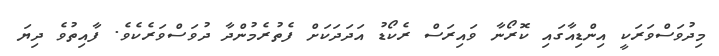
މިދުވަސްވަރަކީ އިންޑިއާގައި ކޮރޯނާ ވައިރަސް ރެކޯޑު އަދަދަކަށް ފެތުރެމުންދާ ދުވަސްވަރެކެވެ. ފާއިތުވެ ދިޔަ